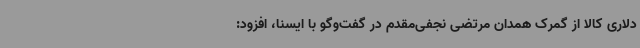
دلاری کالا از گمرک همدان مرتضی نجفی‌مقدم در گفت‌وگو با ایسنا، افزود: